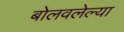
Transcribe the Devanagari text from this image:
बोलवलेल्या